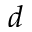
d